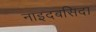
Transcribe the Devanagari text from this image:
नाइदबसिदा